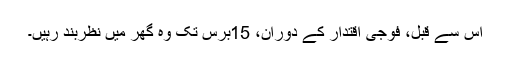
اِس سے قبل، فوجی اقتدار کے دوران، 15برس تک وہ گھر میں نظربند رہیں۔